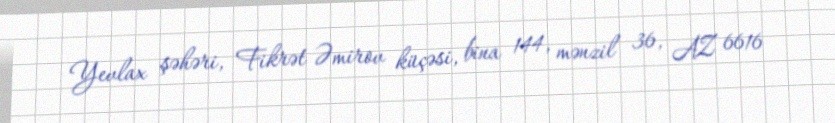
Yevlax şəhəri, Fikrət Əmirov küçəsi, bina 144, mənzil 36, AZ 6616